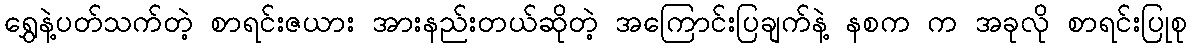
ရွှေနဲ့ပတ်သက်တဲ့ စာရင်းဇယား အားနည်းတယ်ဆိုတဲ့ အကြောင်းပြချက်နဲ့ နစက က အခုလို စာရင်းပြုစု